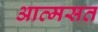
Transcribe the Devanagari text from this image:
आत्मसत